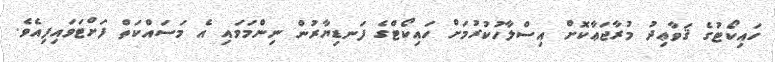
ހައިކޯޓުގެ ޤަވާޢިދު މުރާޖަޢާކޮށް އިސްލާހުކުރުމަށް ހައިކޯޓްގެ ފަނޑިޔާރުން ނިންމަވައި އެ މަސައްކަތް ފަށްޓަވައިފިއެވެ.